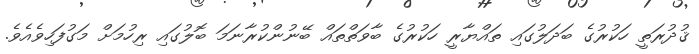
ޤުދުރަތީ ހަކުރުގެ ބަދަލުގައި ތައްޔާރީ ހަކުރުގެ ބާވަތްތައް ބޭނުންކުރާނަމަ ބޮލުގައި ރިހުމަށް މަގުފަހިވެއެވެ.